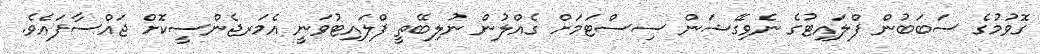
ގޮވުމުގެ ސަބަބުން ފްލައިޓުގެ ނެވިގޭޝަން ސިސްޓަމަށް ގެއްލުން ނުލިބޭތީ ފްލައިޓުވަނީ އެމަރޖެންސީކޮށް ޖައްސާފައެވެ.